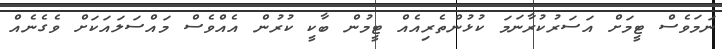
ނަމަވެސް ޓީމަށް އަސަރުކުރާނަމަ ކުޅުންތެރިއެއް ޓީމުން ބާކީ ކުރުން އެއްވެސް މައްސަލައަކަށް ވެގެނެއް